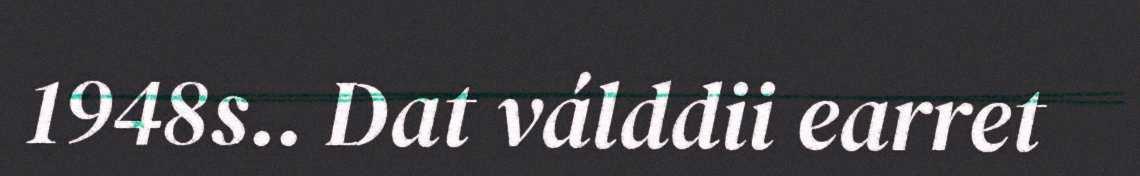
1948s.. Dat válddii earret